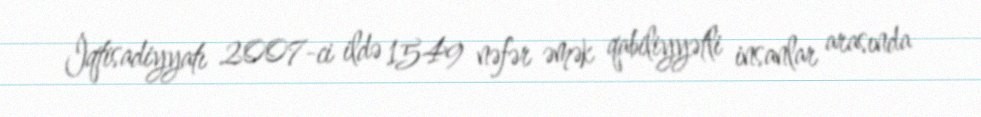
İqtisadiyyatı 2007-ci ildə 1549 nəfər əmək qabiliyyətli insanlar arasında